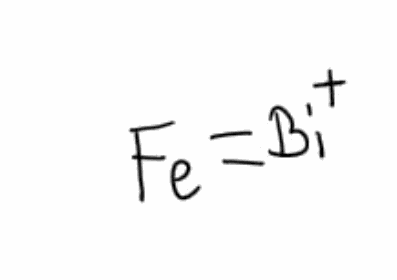
Simplified molecular-input line-entry system (SMILES) notation of the given molecule:
[Fe]=[Bi+]